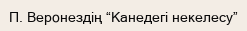
П. Веронездің “Канедегі некелесу”